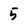
Character: 5